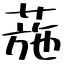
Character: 葹